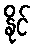
နိုင်